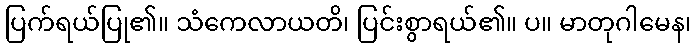
ပြက်ရယ်ပြု၏။ သံကေလာယတိ၊ ပြင်းစွာရယ်၏။ ပ။ မာတုဂါမေန၊